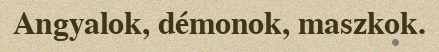
Angyalok, démonok, maszkok.